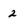
Character: 2